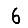
Digit: 6